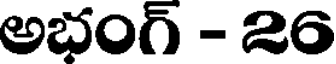
అభంగ్ - 26